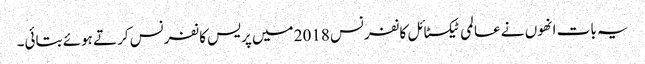
یہ بات انھوں نے عالمی ٹیکسٹائل کانفرنس 2018 میں پریس کانفرنس کرتے ہوئے بتائی۔